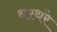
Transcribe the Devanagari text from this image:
थरथरे